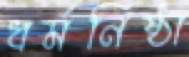
ধর্মনিষ্ঠা